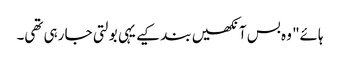
ہائے" وہ بس آنکھیں بند کیے یہی بولتی جا رہی تھی۔